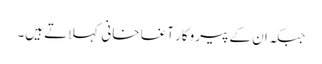
جبکہ ان کے پیروکار آغا خانی کہلاتے ہیں۔